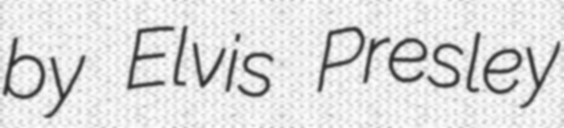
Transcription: by Elvis Presley